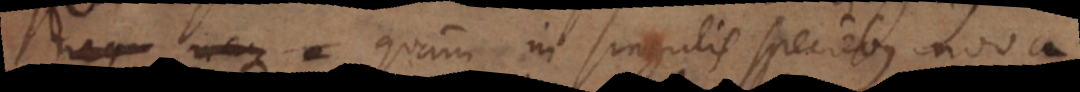
, quam in singulis speciebus nova